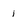
Character: j